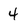
Character: 4